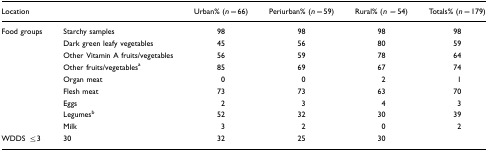
| <COLSPAN=2> Location | Urban% (n=66) | Periurban% (n=59) | Rural% (n=54) | Totals% (n=179) |
 | --- | --- | --- | --- | --- | --- |
 | Food groups | Starchy samples | 98 | 98 | 98 | 98 |
 |  | Dark green leafy vegetables | 45 | 56 | 80 | 59 |
 |  | Other Vitamin A fruits/vegetables | 56 | 59 | 78 | 64 |
 |  | Other fruits/vegetablesa | 85 | 69 | 67 | 74 |
 |  | Organ meat | 0 | 0 | 2 | 1 |
 |  | Flesh meat | 73 | 73 | 63 | 70 |
 |  | Eggs | 2 | 3 | 4 | 3 |
 |  | Legumesb | 52 | 32 | 30 | 39 |
 |  | Milk | 3 | 2 | 0 | 2 |
 | WDDS ≤3 | 30 | 32 | 25 | 30 |  |